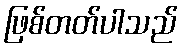
ဖြစ်တတ်ပါသည်